Civil Veterinary Department. United Provinces 1932-42 - 1932-1942
Year: 1932
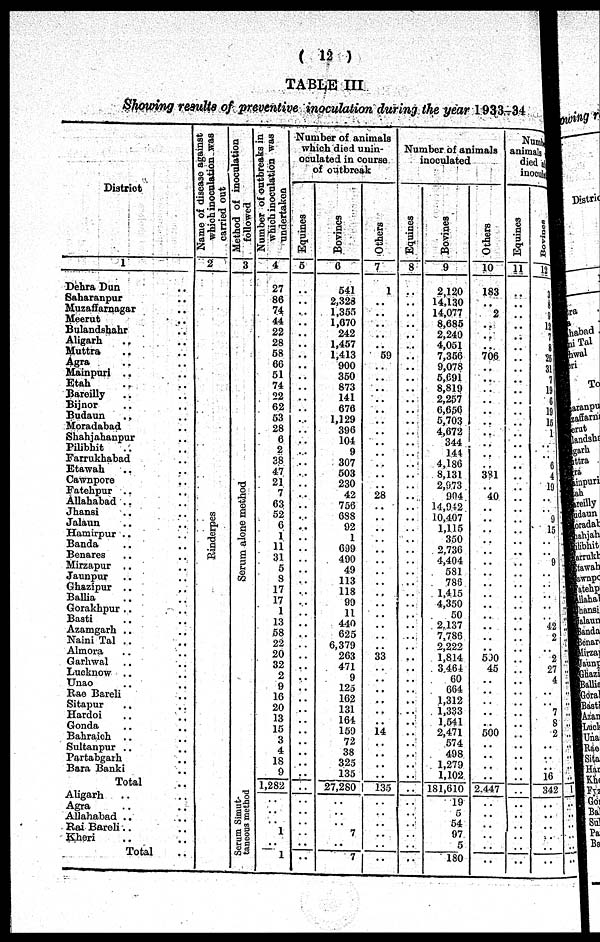
( 12 )
TABLE III
Showing results of preventive inoculation during the year 1933-34
District.
1
Dehra Dun .. ..
Saharanpur .. ..
Muzaffarnagar .. ..
Meerut .. ..
Bulandshahr .. ..
Aligarh .. ..
Muttra .. ..
Agra .. ..
Mainpuri .. ..
Etah .. ..
Bareilly .. ..
Bijnor .. ..
Budaun .. ..
Moradabad .. ..
Shahjahanpur .. ..
Pilibhit .. ..
Farrukhabad .. ..
Etawah .. ..
Cawnpore .. ..
Fatehpur .. ..
Allahabad .. ..
Jhansi .. ..
Jalaun .. ..
Hamirpur .. ..
Banda .. ..
Benares .. ..
Mirzapur .. ..
Jaunpur .. ..
Ghazipur .. ..
Ballia .. ..
Gorakhpur ..
..
Basti .. ..
Azamgarh .. ..
Naini Tal .. ..
Almora .. ..
Garhwal .. ..
Lucknow .. ..
Unao .. ..
Rao Bareli .. ..
Sitapur .. ..
Hardoi .. ..
Gonda .. ..
Bahraich .. ..
Sultanpur .. ..
Partabgarh .. ..
Bara Banki .. ..
Total ..
Aligarh .. ..
Agra .. ..
Allahabad .. ..
Rai Bareli .. ..
Kheri .. ..
Total ..
Name of disease against
which inoculation was
carried out
2
Rinderpes
Method of inoculation
followed
3
Se r
um alone method
Serum Simut-
tanious method
Number of outbreaks in
which inoculation was
undertaken
4
27
86
74
44
22
28
58
66
51
74
22
62
53
28
6
2
38
47
21
7
63
52
6
1
11
31
5
8
17
17
1
13
58
22
20
32
2
9
16
20
13
15
3
4
18
9
1,282
..
..
..
1
1
Number of animals
which died unin-
oculated in course
of outbreak
Equines
5
..
..
..
..
..
..
..
..
..
..
..
..
..
..
..
..
..
..
..
..
..
..
..
..
..
..
..
..
..
..
..
..
..
..
..
..
..
..
..
..
..
..
..
..
..
..
..
..
..
..
..
....
..
Bovines
6
541
2,328
1,355
1,670
242
1,457
1,413
900
350
873
141
676
1,129
396
104
9
307
503
230
42
756
688
92
1
609
490
49
113
118
99
11
440
625
6,379
263
471
9
125
162
131
164
159
72
38
325
135
27,280
..
..
..
7
..
7
Others
7
1
..
..
..
..
..
59
..
..
..
..
..
..
..
..
..
..
..
..
28
..
..
..
..
..
..
..
..
..
..
..
..
..
..
33
..
..
..
..
..
..
14
..
..
..
..
135
..
..
..
..
..
..
Number of animals
inoculated
Equines
8
..
..
..
..
..
..
..
..
..
..
..
..
..
..
..
..
..
..
..
..
..
..
..
..
..
..
..
..
..
..
..
..
..
..
..
..
..
..
..
..
..
..
..
..
..
..
..
..
..
..
..
..
..
Bovines
9
2,120
14,130
14,077
8,685
2,240
4,051
7,356
9,078
5,691
8,819
2,257
6,656
5,703
4,672
344
144
4,186
8,131
2,073
904
14,942
10,407
1,115
350
2,736
4,404
581
780
1,415
4,350
50
2.137
7,786
2 222
1,814
3.464
60
664
1,312
1,333
1.541
2,471
574
498
1,279
1,102
181,610
19
5
54
97
5
180
Others
10
183
..
2
..
..
..
706
..
..
..
..
..
..
..
..
..
..
381
..
40
..
..
..
..
..
..
..
..
..
..
..
..
..
..
500
45
..
..
..
..
..
500
..
..
..
..
2.447
..
..
..
..
..
..
Number
animal
died a
inoculation
Equines
11
..
..
..
..
..
..
..
..
..
..
..
..
..
..
..
..
..
..
..
..
..
..
..
..
..
..
..
..
..
..
..
..
..
..
..
..
..
..
..
..
..
..
..
..
..
..
..
..
..
..
..
..
..
Bovines
12
3
8
8
12
7 8
25
31
7
19
6
19
15
1
..
.. 61
4
19
..
..
9
15
..
..
01,
..
..
42
2
"2
27
4
7
8
2
16
342
..
..
..
..
..
..
..
1
..
..
..
..
..
..